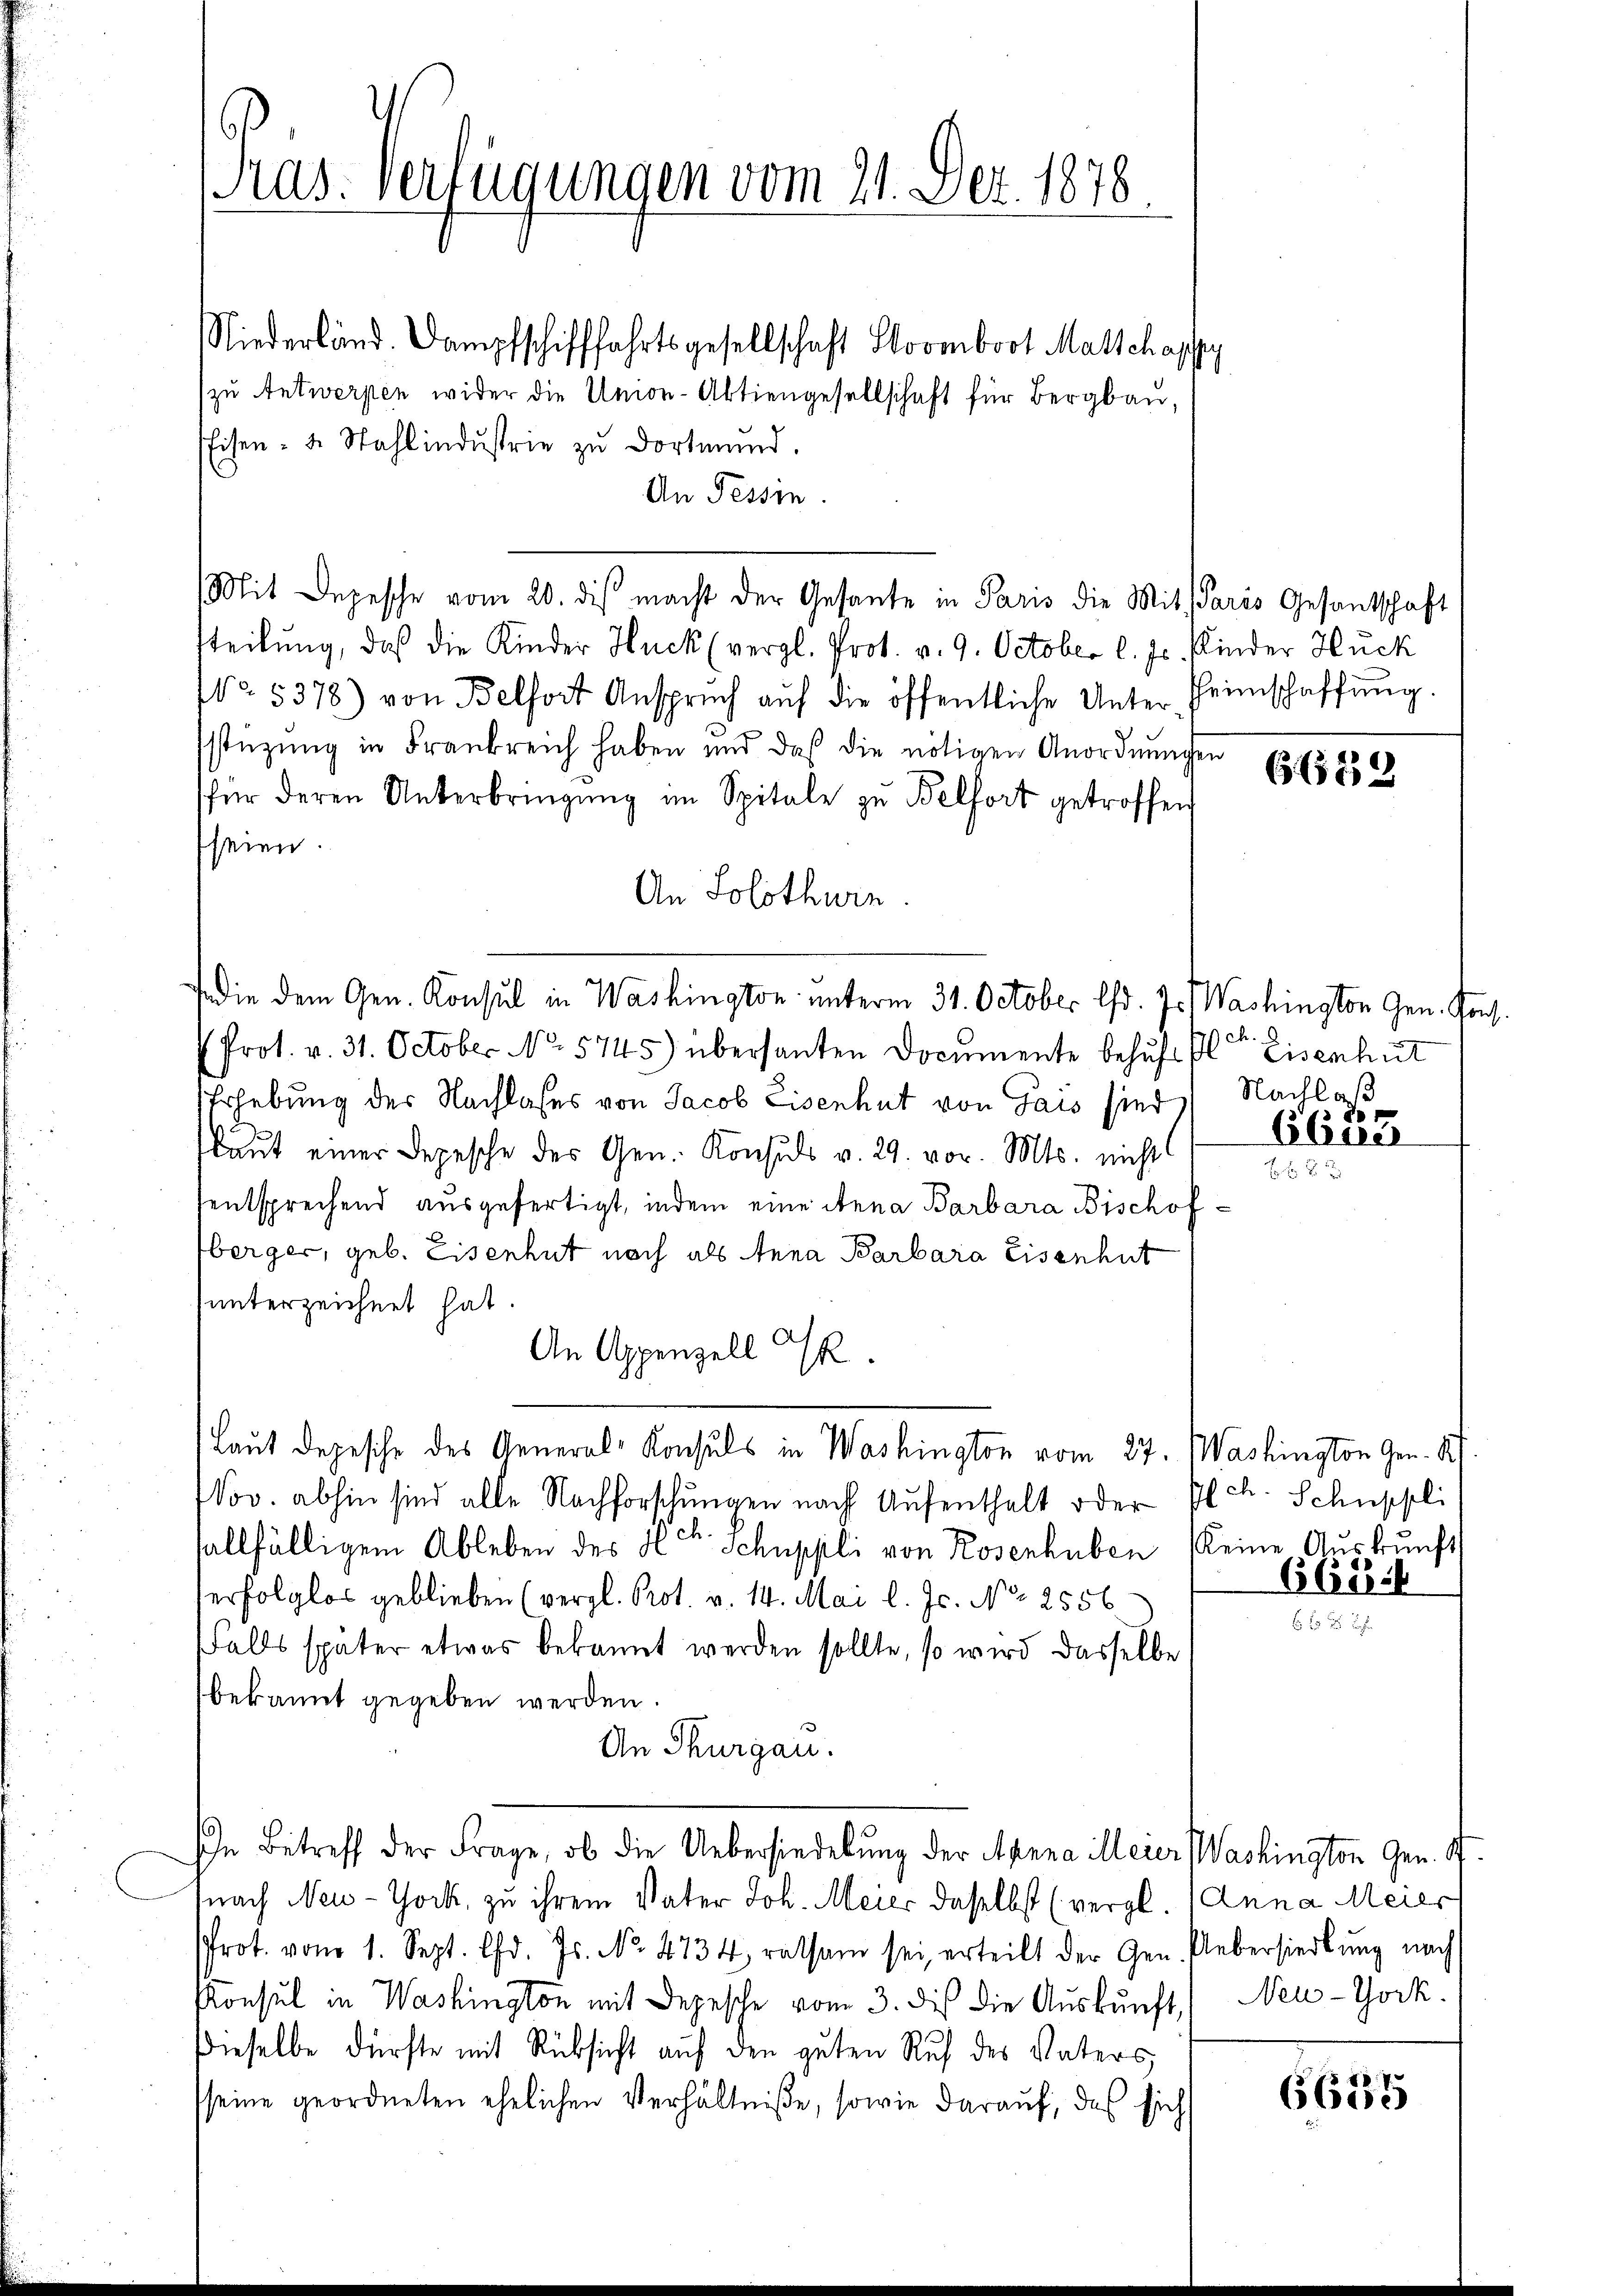
ras. Verfügungen vom 21. Dez. 1878.

Niederländ. Dampfschifffahrtsgesellschaft Stovmboot Marschaspey
zu Antwerpen wider die Union-Aktiengesellschaft für Bergbau,
Eisen- u. Sahlindŭstrie zŭ dortmand.
An Tessin.
Mit Depesche vom 20. dis macht der Gesante in Paris die Mit Paris Gesantschaft
tteilung, daß die Kinder Huck (vergl. Prot. v. 9. October l. Js. finder Huck
NNo. 5378) von Belfort Ansprŭch aŭf die öffentliche Unter-Heimschaffŭng.
stüzung in Frankreich haben und daß die nötigen Anordnungen
für deren Unterbringŭng im Spitale zu Belfort getroffen
seien
An Solothurn
die dem Gen. Konsul in Washington unterm 31. October lfd. 7. Washington Gen. Kons.
Prot. v. 31. October No. 5745) übersanten Documente behufe ol Eisenhut
Erhebung der Nachlafes von Jacob Eisenhut von Gais sind Nachlaß
flaut einer Depesche der Gen. Konsuls v. 29. vor. Mts. nicht
entsprechend ausgefertigt, indem eine Anna Barbara Bischofberger, geb. Eisenhut noch als Anna Barbara Eisenhut
unterzeichnet hat.
An Appenzell I.
Laut Depesche des General-Konsuls in Washington vom 27. Washington Gen. S.
Nov. abhin sind alle Nachforschungen nach Aufenthalt oder Plch. Schuppli
sallfälligem Ableben des Hr. Schuppli von Rosenhuben eine Aŭskŭnft
Verfolglos geblieben (vergl. Prot. v. 14. Mai l. Js. No 2556
falls später etwas bekannt werden sollte, so wird dasselbe
bekannt gegeben werden.
An Thurgau.
In Betreff der Frage, ob die Uebersiedelung der Apera illeier Washington Gen. St.
(nach New-Yock, zu ihrem Vater Joh. Meier daselbst (vergl. (Anna Meier
Prot. vom 1. Sept. d. Js. No. 4734, ratsam sei erteilt der Gen. Uebersiedlung nach
Konsul in Washington mit Depesche vom 3. di die Auskunft New-York
Dieselbe dürfte mit Rücksicht auf den guten Ruf des Vaters,
seine geordneten ehelichen Verhältniße, sowie darauf, das sich

629

e
d
¬

COster

6688

6635